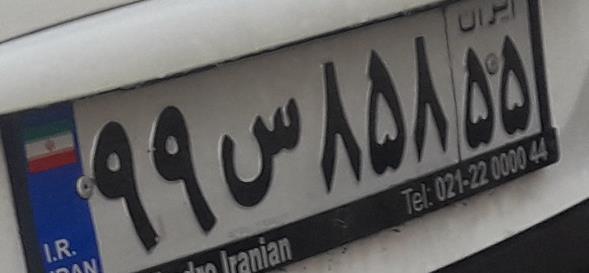
۹۹س۸۵۸۵۵